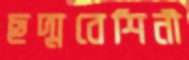
ছদ্মবেশিনী